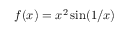
f ( x ) = x ^ { 2 } \sin ( 1 / x )